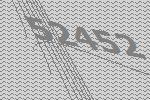
52452